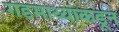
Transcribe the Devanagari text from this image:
गडमाथ्यांकडून